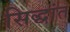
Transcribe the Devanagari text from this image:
सिद्धांत